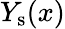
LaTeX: Y_{\mathrm{s}}(x)